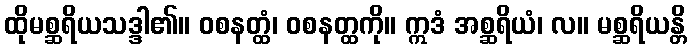
ထိုမစ္ဆရိယသဒ္ဒါ၏။ ဝစနတ္ထံ၊ ဝစနတ္ထကို။ ဣဒံ အစ္ဆရိယံ၊ လ။ မစ္ဆရိယန္တိ